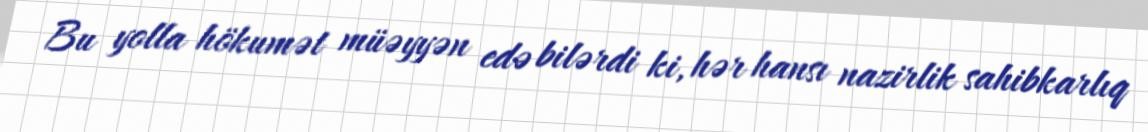
Bu yolla hökumət müəyyən edə bilərdi ki, hər hansı nazirlik sahibkarlıq